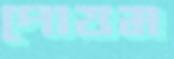
পোত্তম